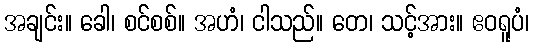
အချင်း။ ခေါ၊ စင်စစ်။ အဟံ၊ ငါသည်။ တေ၊ သင့်အား။ ဧဝရူပံ၊